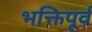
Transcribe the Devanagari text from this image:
भक्तिपूर्व